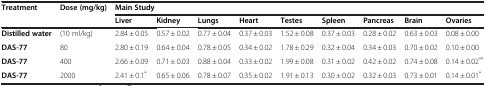
<table><thead><tr><td><b>Treatment</b></td><td><b>Dose (mg/kg)</b></td><td colspan="9"><b>Main Study</b></td></tr><tr><td><b> </b></td><td><b> </b></td><td><b>Liver</b></td><td><b>Kidney</b></td><td><b>Lungs</b></td><td><b>Heart</b></td><td><b>Testes</b></td><td><b>Spleen</b></td><td><b>Pancreas</b></td><td><b>Brain</b></td><td><b>Ovaries</b></td></tr></thead><tbody><tr><td><b>Distilled water</b></td><td>(10 ml/kg)</td><td>2.84 ± 0.05</td><td>0.57 ± 0.02</td><td>0.77 ± 0.04</td><td>0.37 ± 0.03</td><td>1.52 ± 0.08</td><td>0.37 ± 0.03</td><td>0.28 ± 0.02</td><td>0.63 ± 0.03</td><td>0.08 ± 0.00</td></tr><tr><td><b>DAS-77</b></td><td>80</td><td>2.80 ± 0.19</td><td>0.64 ± 0.04</td><td>0.78 ± 0.05</td><td>0.34 ± 0.02</td><td>1.78 ± 0.29</td><td>0.32 ± 0.04</td><td>0.34 ± 0.03</td><td>0.70 ± 0.02</td><td>0.10 ± 0.00</td></tr><tr><td><b>DAS-77</b></td><td>400</td><td>2.66 ± 0.09</td><td>0.71 ± 0.03</td><td>0.88 ± 0.04</td><td>0.33 ± 0.02</td><td>1.99 ± 0.08</td><td>0.31 ± 0.02</td><td>0.42 ± 0.02</td><td>0.74 ± 0.08</td><td>0.14 ± 0.02<sup>**</sup></td></tr><tr><td><b>DAS-77</b></td><td>2000</td><td>2.41 ± 0.1<sup>*</sup></td><td>0.65 ± 0.06</td><td>0.78 ± 0.07</td><td>0.35 ± 0.02</td><td>1.91 ± 0.13</td><td>0.30 ± 0.02</td><td>0.32 ± 0.03</td><td>0.73 ± 0.01</td><td>0.14 ± 0.01<sup>*</sup></td></tr></tbody></table>